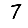
Digit: 7